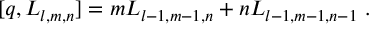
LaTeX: [ q , { \cal L } _ { l , m , n } ] = m { \cal L } _ { l - 1 , m - 1 , n } + n { \cal L } _ { l - 1 , m - 1 , n - 1 } \ .